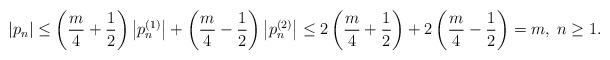
LaTeX: \begin{align*}\left|p_n\right|\leq\left(\frac{m}{4}+\frac{1}{2}\right)\left|p_n^{(1)}\right|+\left(\frac{m}{4}-\frac{1}{2}\right)\left|p_n^{(2)}\right|\leq2\left(\frac{m}{4}+\frac{1}{2}\right)+2\left(\frac{m}{4}-\frac{1}{2}\right)=m,\;n\geq1.\end{align*}